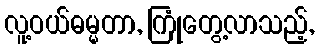
လူ့ဝယ်ဓမ္မတာ, ကြုံတွေ့လာသည့်,